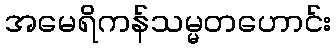
အမေရိကန်သမ္မတဟောင်း